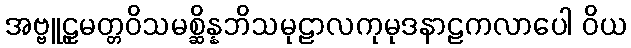
အဗ္ဗူဠှမတ္တဝိသမစ္ဆိန္နဘိသမုဠာလကုမုဒနာဠကလာပေါ ဝိယ